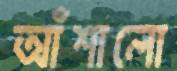
আঁশালো